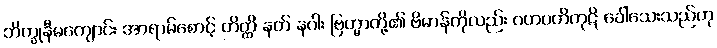
ဘိက္ခုနီမကျောင်း အာရာမ်စောင့် တိတ္ထိ နတ် နဂါး ဗြဟ္မာတို့၏ ဗိမာန်ကိုလည်း ဂဟပတိကုဋိ ခေါ်သေးသည်ဟု